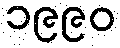
၁၉၉၀